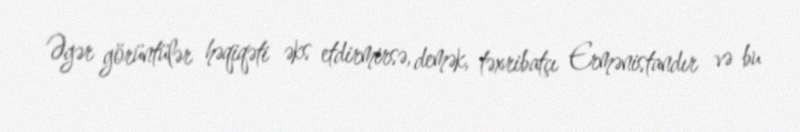
Əgər görüntülər həqiqəti əks etdirmirsə, demək, təxribatçı Ermənistandır və bu